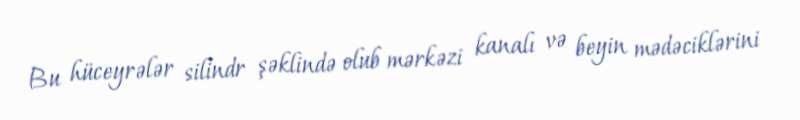
Bu hüceyrələr silindr şəklində olub mərkəzi kanalı və beyin mədəciklərini